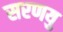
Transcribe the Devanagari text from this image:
सरणयु